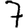
Digit: 7